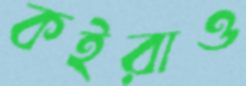
কইরাও